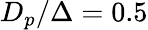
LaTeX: D_{p}/\Delta=0.5